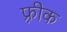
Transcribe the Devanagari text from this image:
फ़्रीक